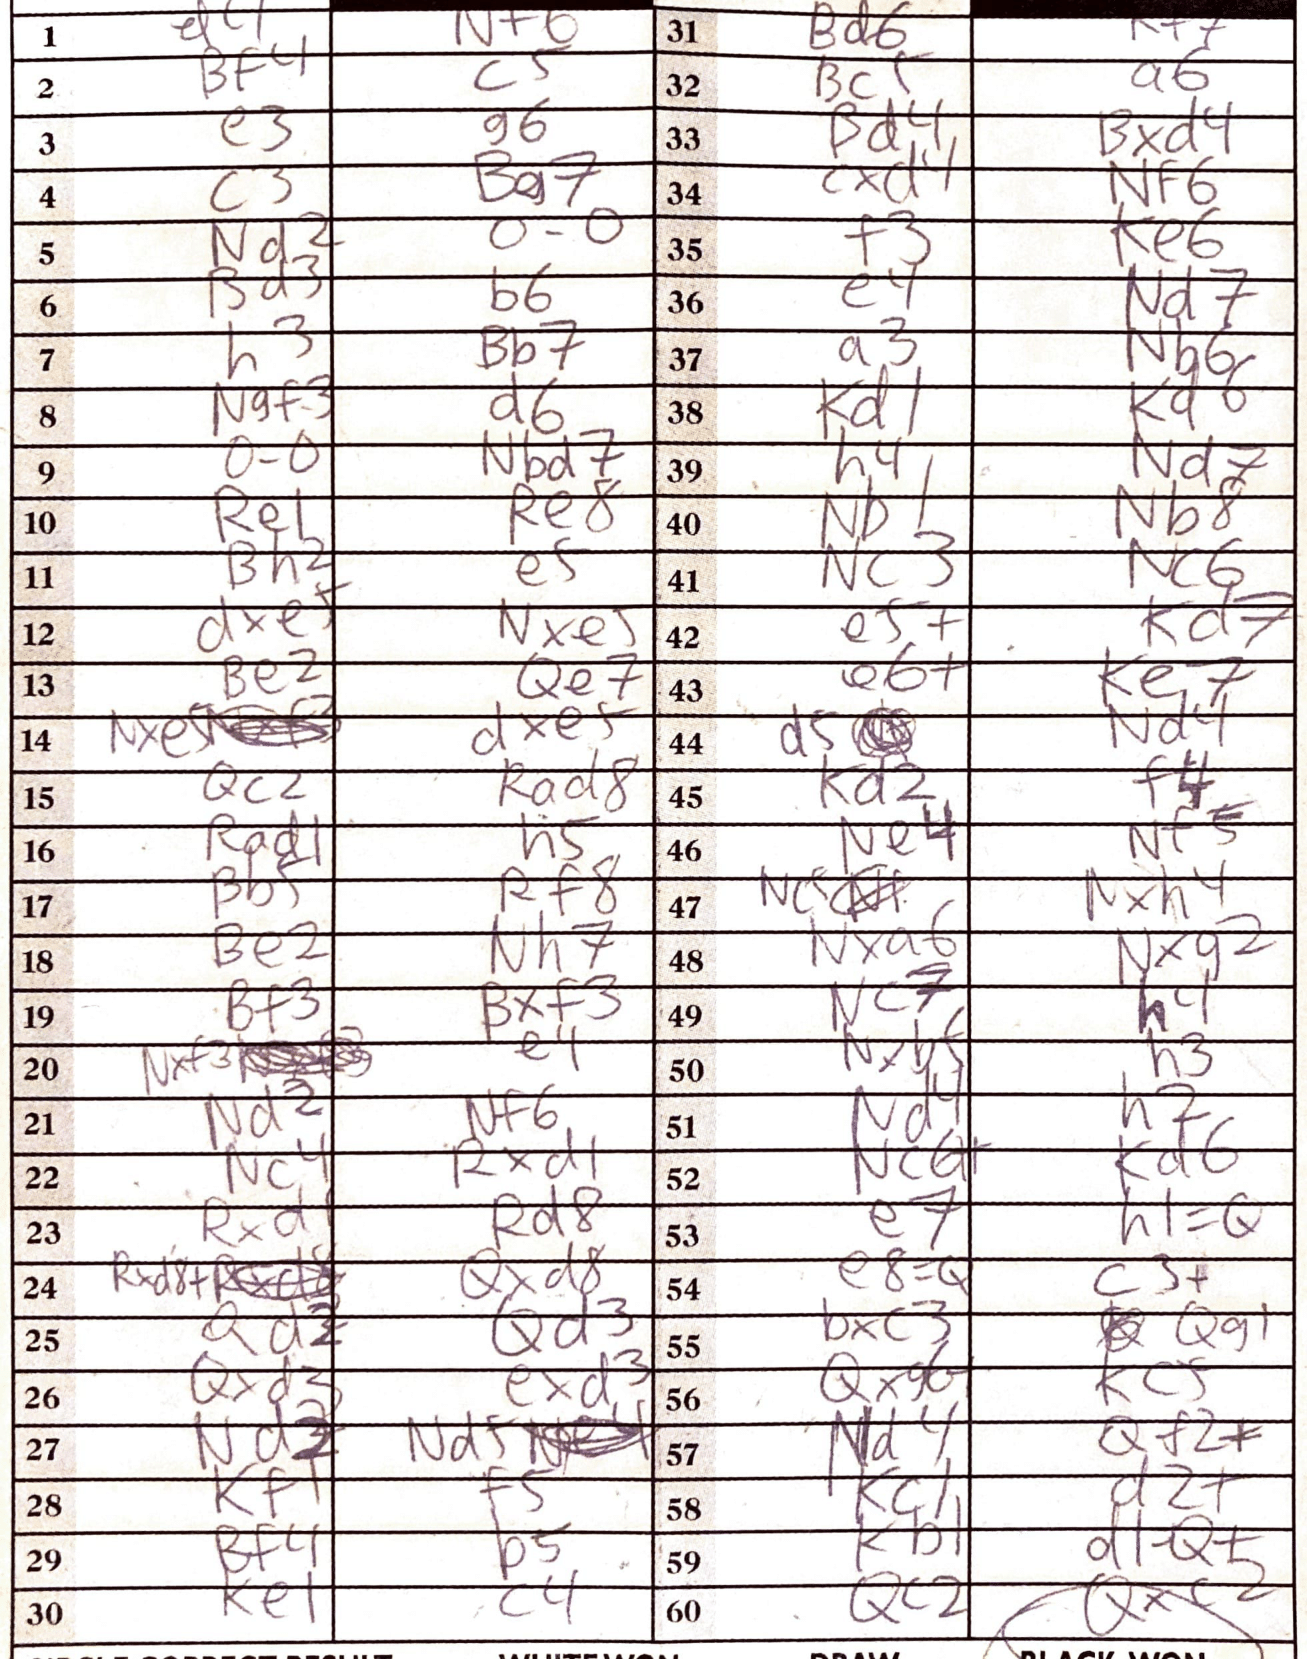
Moves: Nf6 Bf4 c5 e3 g6 c3 Bg7 Nd2 O-O Bd3 b6 h3 Bb7 Ngf3 d6 O-O Nbd7 Re1 Re8 Bh2 e5 dxe5 Nxe5 Be2 Qe7 Nxe5 dxe+ Qc2 Rad8 Rad1 h5 Bb5 Rf8 Be2 Nh7 Bf3 Bxf3 Nxf3 e4 Nd2 Nf6 Nc4 Rxd1 Rxd1 Rd8 Rxd8+ Qxd8 Qd2 Qd3 Qxd3 exd3 Nd2 Ndf Kf1 f5 Bf4 b5 Ke1 c4 Bd6 Kf7 Bc1 a6 Bd4 Bxd4 cxd4 Nf6 f3 Ke6 e4 Nd7 a3 Nb6 Kd1 Kd6 h4 Nd7 Nb1 Nb8 Nc3 Nc6 e5+ Kd7 eb+ Ke7 d5 Nd4 Kd2 f4 Ne4 Nf5 Nxh4 Nxa6 Nxg2 Nc7 h4 Nxb+ h3 Nd4 h2 NcQ+ Kd6 e7 h1=Q e8=Q c3+ bxc3 Qg1 Qxg6 Kc5 Nd4 Qf2+ Kc1 d2+ Kb1 d1Q+ Qc2 Qxc2